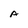
Character: A